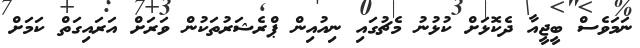
ނަމަވެސް ބީޖީއާ ދެކޮޅަށް ކުޅުނު މެޗުގައި ނިއުއިން ޕްރެޝަރުތަކުން ވަރަށް އަރައިގަތް ކަމަށް